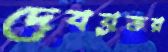
দেবব্রতর